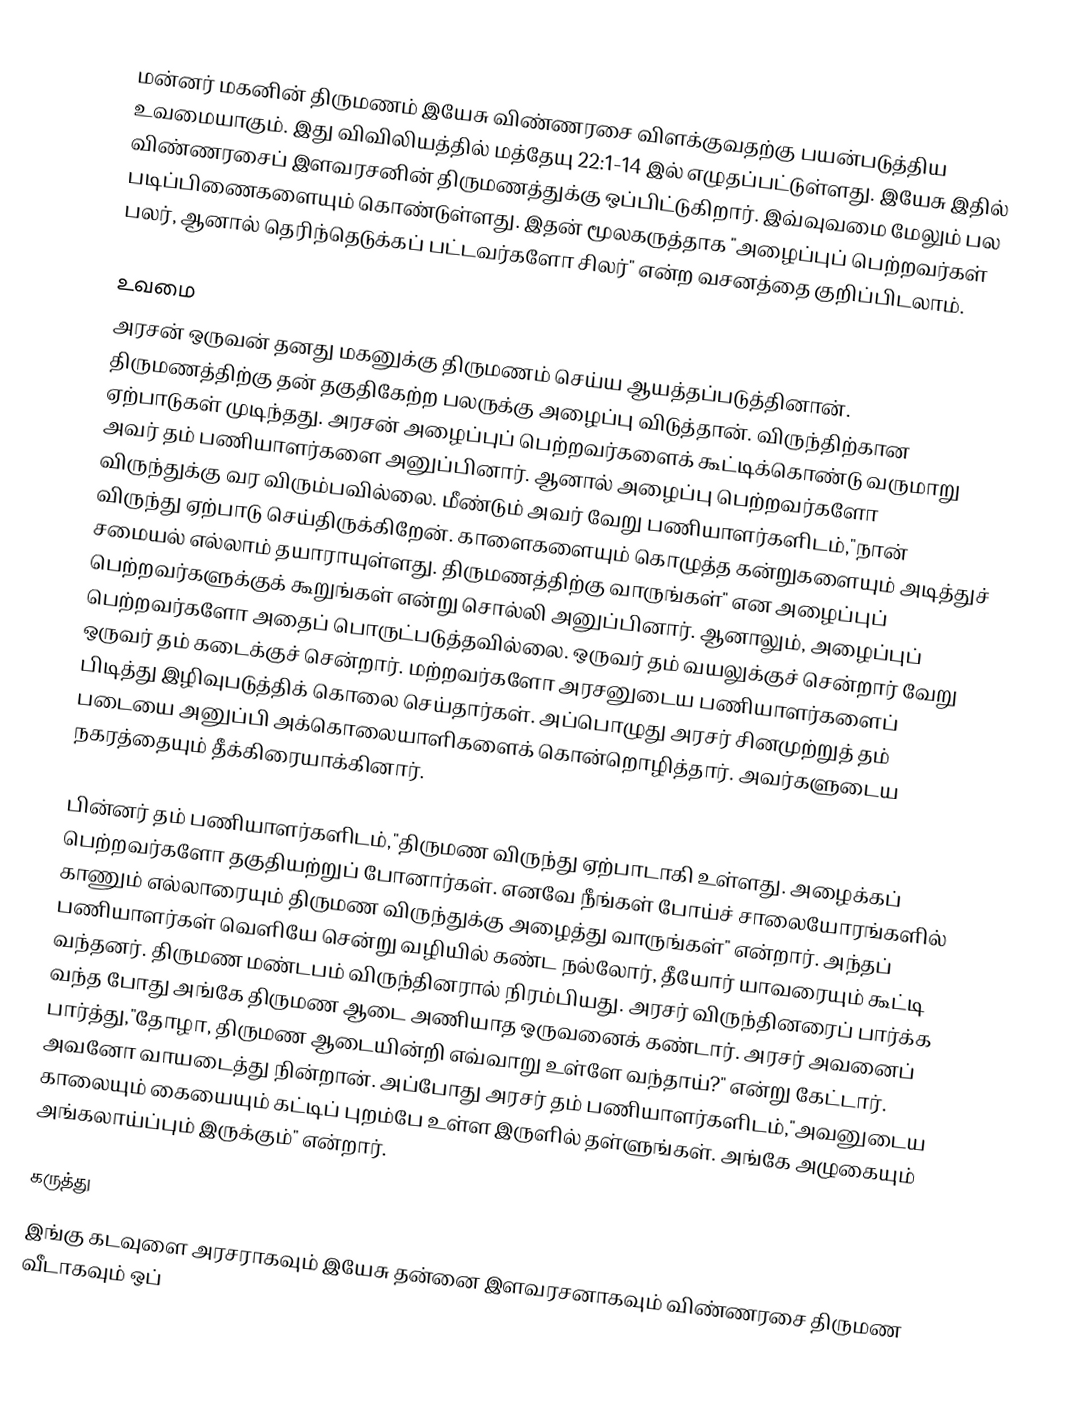
மன்னர் மகனின் திருமணம் இயேசு விண்ணரசை விளக்குவதற்கு பயன்படுத்திய உவமையாகும். இது விவிலியத்தில் மத்தேயு 22:1-14 இல் எழுதப்பட்டுள்ளது. இயேசு இதில் விண்ணரசைப் இளவரசனின் திருமணத்துக்கு ஒப்பிட்டுகிறார். இவ்வுவமை மேலும் பல படிப்பிணைகளையும் கொண்டுள்ளது. இதன் மூலகருத்தாக "அழைப்புப் பெற்றவர்கள் பலர், ஆனால் தெரிந்தெடுக்கப் பட்டவர்களோ சிலர்" என்ற வசனத்தை குறிப்பிடலாம்.

உவமை
அரசன் ஒருவன் தனது மகனுக்கு திருமணம் செய்ய ஆயத்தப்படுத்தினான். திருமணத்திற்கு தன் தகுதிகேற்ற பலருக்கு அழைப்பு விடுத்தான். விருந்திற்கான ஏற்பாடுகள் முடிந்தது. அரசன் அழைப்புப் பெற்றவர்களைக் கூட்டிக்கொண்டு வருமாறு அவர் தம் பணியாளர்களை அனுப்பினார். ஆனால் அழைப்பு பெற்றவர்களோ விருந்துக்கு வர விரும்பவில்லை. மீண்டும் அவர் வேறு பணியாளர்களிடம்,"நான் விருந்து ஏற்பாடு செய்திருக்கிறேன். காளைகளையும் கொழுத்த கன்றுகளையும் அடித்துச் சமையல் எல்லாம் தயாராயுள்ளது. திருமணத்திற்கு வாருங்கள்" என அழைப்புப் பெற்றவர்களுக்குக் கூறுங்கள் என்று சொல்லி அனுப்பினார். ஆனாலும், அழைப்புப் பெற்றவர்களோ அதைப் பொருட்படுத்தவில்லை. ஒருவர் தம் வயலுக்குச் சென்றார் வேறு ஒருவர் தம் கடைக்குச் சென்றார். மற்றவர்களோ அரசனுடைய பணியாளர்களைப் பிடித்து இழிவுபடுத்திக் கொலை செய்தார்கள். அப்பொழுது அரசர் சினமுற்றுத் தம் படையை அனுப்பி அக்கொலையாளிகளைக் கொன்றொழித்தார். அவர்களுடைய நகரத்தையும் தீக்கிரையாக்கினார்.

பின்னர் தம் பணியாளர்களிடம்,"திருமண விருந்து ஏற்பாடாகி உள்ளது. அழைக்கப் பெற்றவர்களோ தகுதியற்றுப் போனார்கள். எனவே நீங்கள் போய்ச் சாலையோரங்களில் காணும் எல்லாரையும் திருமண விருந்துக்கு அழைத்து வாருங்கள்" என்றார். அந்தப் பணியாளர்கள் வெளியே சென்று வழியில் கண்ட நல்லோர், தீயோர் யாவரையும் கூட்டி வந்தனர். திருமண மண்டபம் விருந்தினரால் நிரம்பியது. அரசர் விருந்தினரைப் பார்க்க வந்த போது அங்கே திருமண ஆடை அணியாத ஒருவனைக் கண்டார். அரசர் அவனைப் பார்த்து,"தோழா, திருமண ஆடையின்றி எவ்வாறு உள்ளே வந்தாய்?" என்று கேட்டார். அவனோ வாயடைத்து நின்றான். அப்போது அரசர் தம் பணியாளர்களிடம்,"அவனுடைய காலையும் கையையும் கட்டிப் புறம்பே உள்ள இருளில் தள்ளுங்கள். அங்கே அழுகையும் அங்கலாய்ப்பும் இருக்கும்" என்றார்.

கருத்து
இங்கு கடவுளை அரசராகவும் இயேசு தன்னை இளவரசனாகவும் விண்ணரசை திருமண வீடாகவும் ஒப்